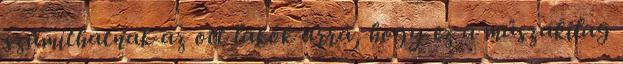
számíthatnak az ott lakók arra, hogy ez a műszakilag